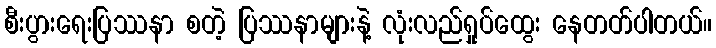
စီးပွားရေးပြဿနာ စတဲ့ ပြဿနာများနဲ့ လုံးလည်ရှုပ်ထွေး နေတတ်ပါတယ်။